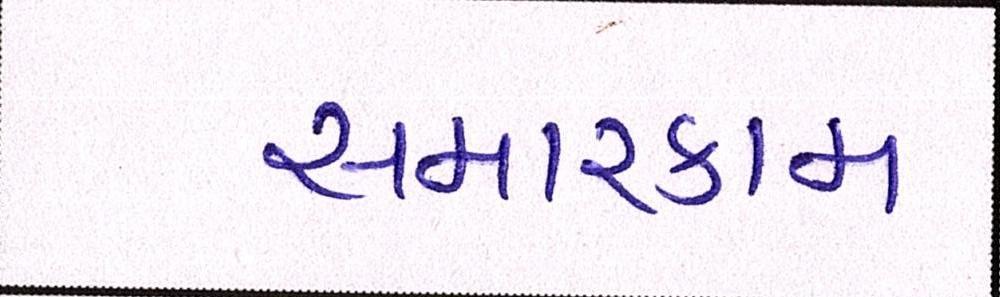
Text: સમારકામ